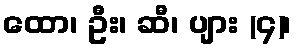
ထော၊ ဦး၊ ဆီ၊ ပျား (၄)၊